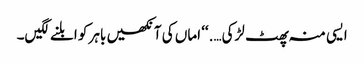
ایسی منہ پھٹ لڑکی….‘‘ اماں کی آنکھیں باہر کو ابلنے لگیں۔